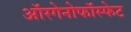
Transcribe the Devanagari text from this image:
ऑरगेनोफॉस्फेट